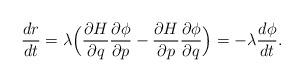
LaTeX: \begin{align*}\frac{dr}{dt} = \lambda \Big( \frac{\partial H}{\partial q}\frac{\partial \phi}{\partial p} - \frac{\partial H}{\partial p}\frac{\partial \phi}{\partial q} \Big)= -\lambda \frac{d\phi}{dt}.\end{align*}